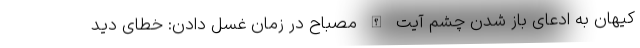
کیهان به ادعای باز شدن چشم آیت الله مصباح در زمان غسل دادن: خطای دید